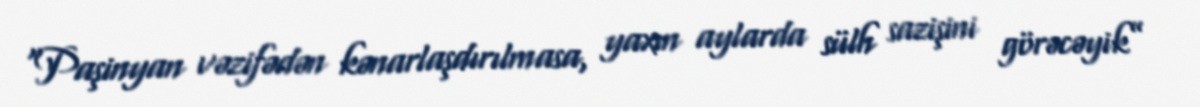
“Paşinyan vəzifədən kənarlaşdırılmasa, yaxın aylarda sülh sazişini görəcəyik”